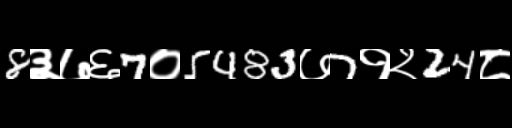
Text: 8३७६7०5483७7१२24८